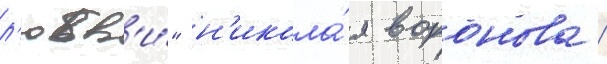
л'юбв'и́" н'икола́я воронова /